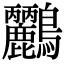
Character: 𪈹